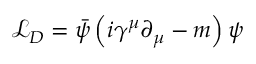
{ \mathcal { L } } _ { D } = { \bar { \psi } } \left( i \gamma ^ { \mu } \partial _ { \mu } - m \right) \psi